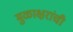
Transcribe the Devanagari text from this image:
मुळाक्षरांची